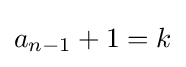
a_{n-1}+1=k